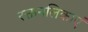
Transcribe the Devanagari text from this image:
रक्तनलिकाएं